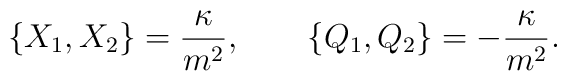
\big\{X_{1},X_{2}\big\}=\frac{\kappa}{m^2},     \qquad     \big\{Q_{1},Q_{2}\big\}=-\frac{\kappa}{m^2}.